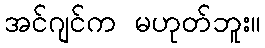
အင်ဂျင်က မဟုတ်ဘူး။